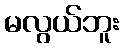
မလွယ်ဘူး